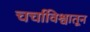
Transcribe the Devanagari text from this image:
चर्चाविश्वातून